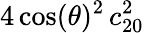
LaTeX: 4\cos(\theta)^{2}\, c_{20}^{2}